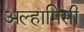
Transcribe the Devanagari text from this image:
अल्हामिसी